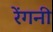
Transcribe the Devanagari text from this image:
रेंगनी